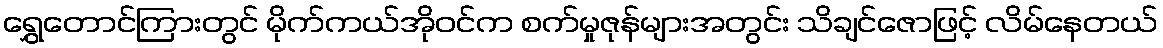
ရွှေတောင်ကြားတွင် မိုက်ကယ်အိုဝင်က စက်မှုဇုန်များအတွင်း သိချင်ဇောဖြင့် လိမ်နေတယ်